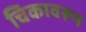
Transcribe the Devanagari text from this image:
चिकावरून